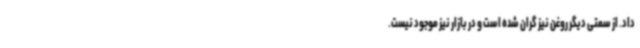
داد. از سمتی دیگر روغن نیز گران شده است و در بازار نیز موجود نیست.